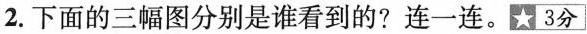
2.下面的三幅图分别是谁看到的?连一连。☆3分